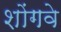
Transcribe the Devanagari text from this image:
शोंगवे